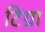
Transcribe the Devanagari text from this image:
टिग्रा